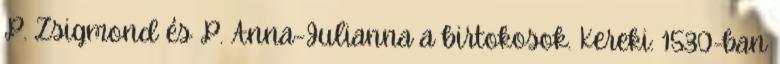
P. Zsigmond és P. Anna-Julianna a birtokosok. Kereki: 1530-ban